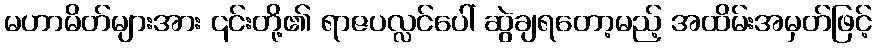
မဟာမိတ်များအား ၎င်းတို့၏ ရာဇပလ္လင်ပေါ် ဆွဲချရတော့မည့် အထိမ်းအမှတ်ဖြင့်